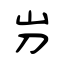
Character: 屶